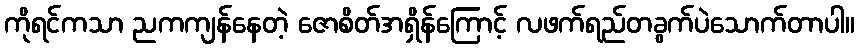
ကိုရင်ကသာ ညကကျန်နေတဲ့ ဇောစိတ်အရှိန်ကြောင့် လဖက်ရည်တခွက်ပဲသောက်တာပါ။